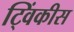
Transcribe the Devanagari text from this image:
ट्विंकीस